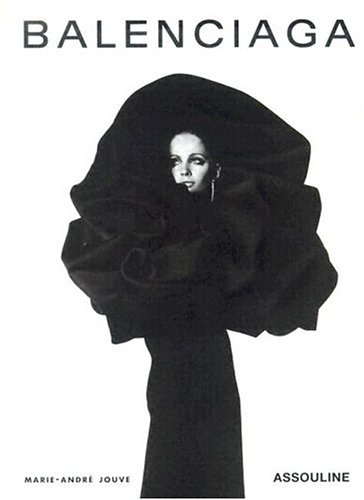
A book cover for Balenciaga (Memoirs); Marie-Andree Jouve; Humor & Entertainment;